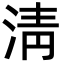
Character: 淸